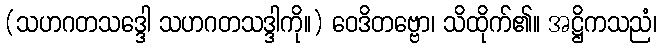
(သဟဂတသဒ္ဒေါ သဟဂတသဒ္ဒါကို။) ဝေဒိတဗ္ဗော၊ သိထိုက်၏။ အဋ္ဌိကသညံ၊